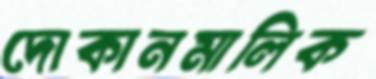
দোকানমালিক